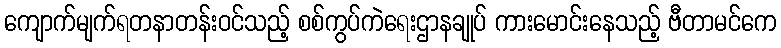
ကျောက်မျက်ရတနာတန်းဝင်သည့် စစ်ကွပ်ကဲရေးဌာနချုပ် ကားမောင်းနေသည့် ဗီတာမင်ကေ